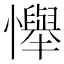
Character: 𢤫